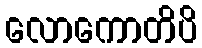
လောကောတိပိ